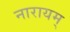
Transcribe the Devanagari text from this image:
नारायम्